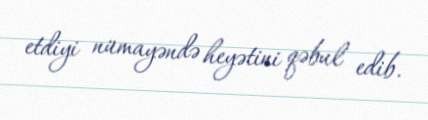
etdiyi nümayəndə heyətini qəbul edib.